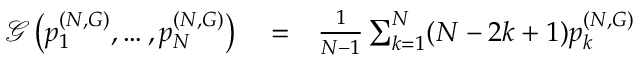
\begin{array} { r l r } { \mathcal { G } \left( p _ { 1 } ^ { ( N , G ) } , \dots , p _ { N } ^ { ( N , G ) } \right) } & { { } = } & { \frac { 1 } { N - 1 } \sum _ { k = 1 } ^ { N } ( N - 2 k + 1 ) p _ { k } ^ { ( N , G ) } } \end{array}